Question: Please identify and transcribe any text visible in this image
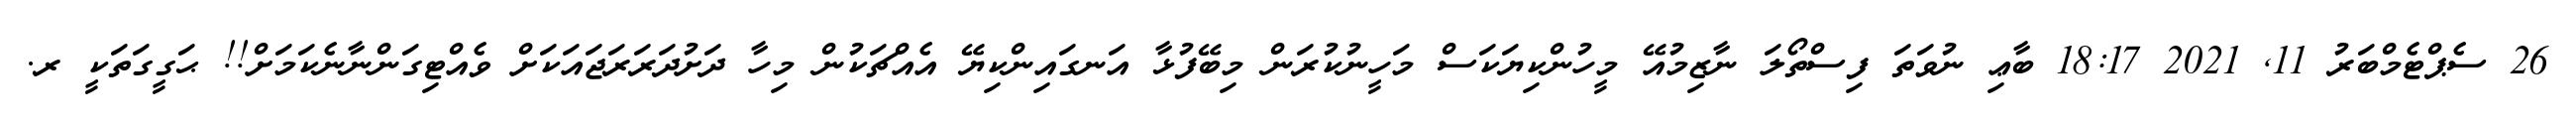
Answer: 26 ސެޕްޓެމްބަރު 11, 2021 18:17 ބާޢި ނުވަތަ ފިސްތޯލަ ނާޒިމުއޭ މީހުންކިޔަކަސް މަހީނުކުރަން މިބޭފުޅާ އަނގައިންކިޔޭ އެއްޗަކުން މިހާ ދަށުދަރަރަޖައަކަށް ވެއްޓިގަންނާނެކަމަށް!! ޙަގީގަތަކީ ރ.